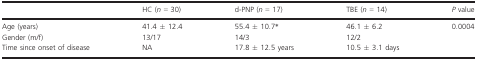
|  | HC (n = 30) | d‐PNP (n = 17) | TBE (n = 14) | P value |
 | --- | --- | --- | --- | --- |
 | Age (years) | 41.4 ± 12.4 | 55.4 ± 10.7* | 46.1 ± 6.2 | 0.0004 |
 | Gender (m/f) | 13/17 | 14/3 | 12/2 |  |
 | Time since onset of disease | NA | 17.8 ± 12.5 years | 10.5 ± 3.1 days |  |